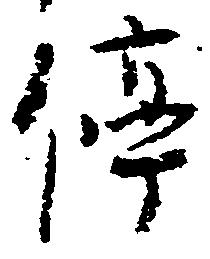
停